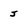
Character: j